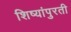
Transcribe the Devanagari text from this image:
शिष्यांपुरती